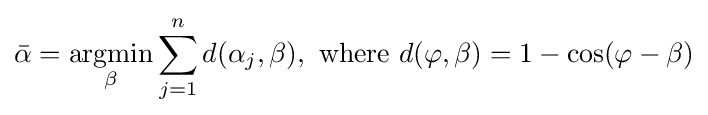
{\bar {\alpha }}={\underset {\beta }{\operatorname {argmin} }}\sum _{j=1}^{n}d(\alpha _{j},\beta ),{\text{ where }}d(\varphi ,\beta )=1-\cos(\varphi -\beta )